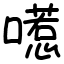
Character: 㘃